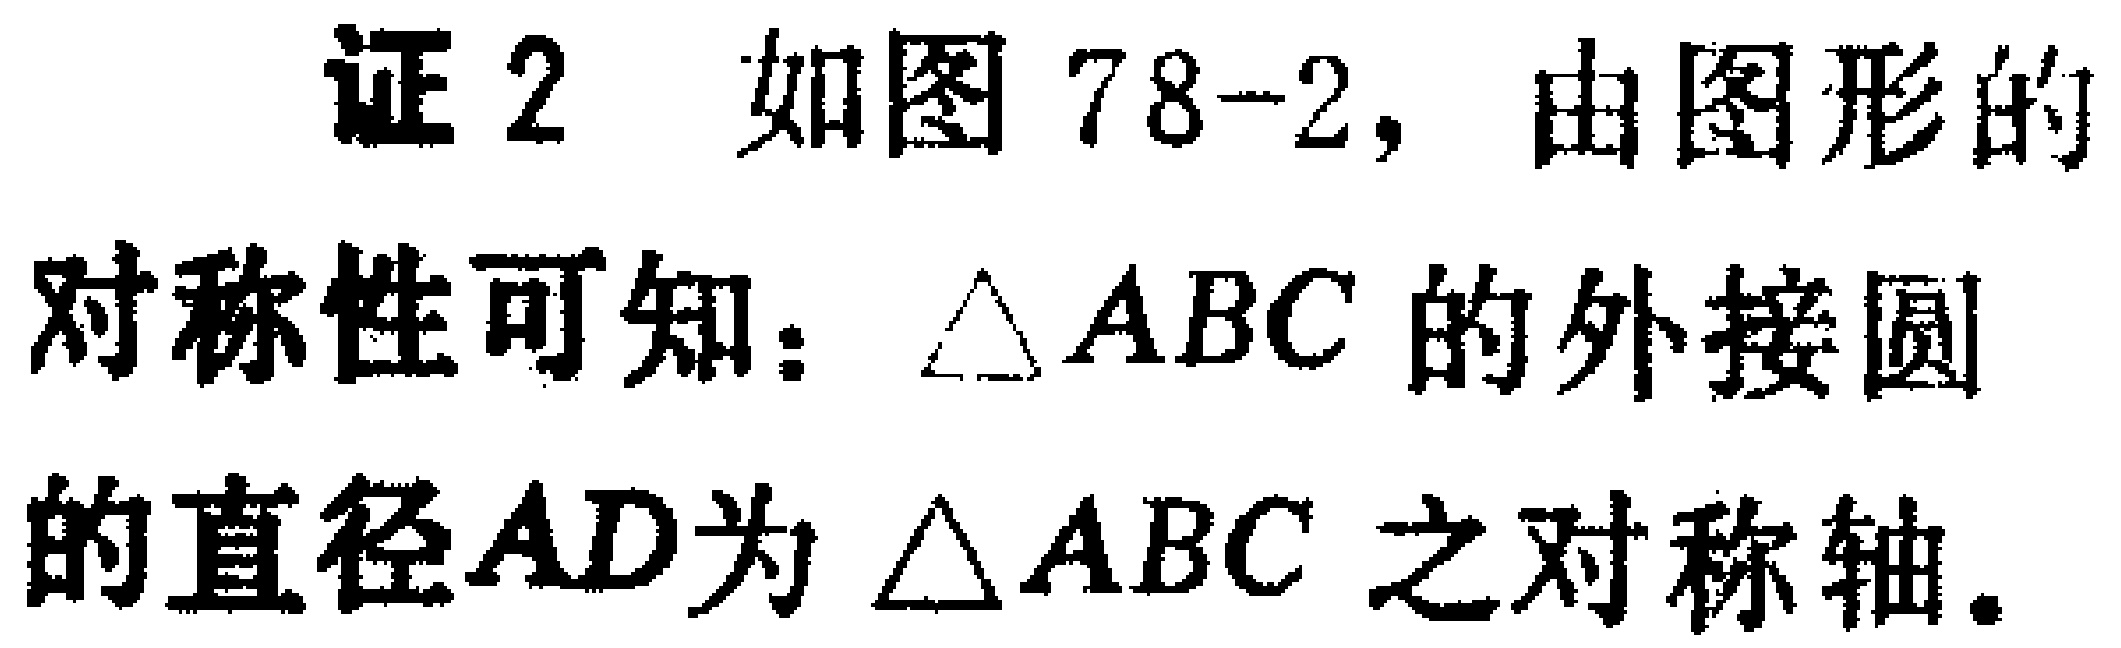
证2 如图78-2, 由图形的对称性可知：$\triangle ABC$的外接圆的直径$AD$为$\triangle ABC$之对称轴.